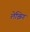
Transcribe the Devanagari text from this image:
लेप्झिग